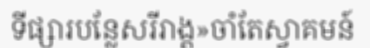
ទីផ្សារបន្លែសរីរាង្គ»ចាំតែស្វាគមន៍